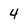
Character: 4